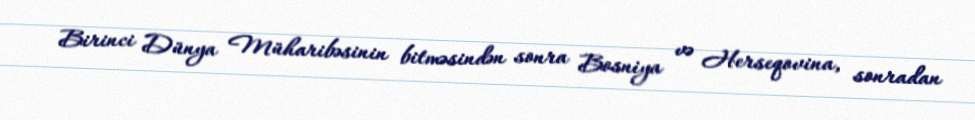
Birinci Dünya Müharibəsinin bitməsindən sonra Bosniya və Herseqovina, sonradan